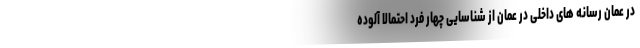
در عمان رسانه های داخلی در عمان از شناسایی چهار فرد احتمالا آلوده